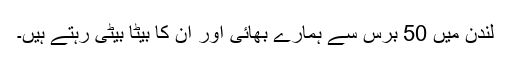
لندن میں 50 برس سے ہمارے بھائی اور ان کا بیٹا بیٹی رہتے ہیں۔